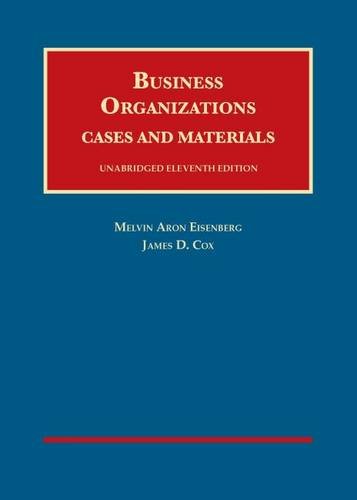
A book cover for Business Organizations: Cases and Materials (University Casebook); James Cox; Law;